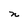
Character: n